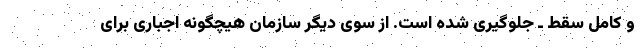
و کامل سقط ـ جلوگیری شده است. از سوی دیگر سازمان هیچگونه اجباری برای